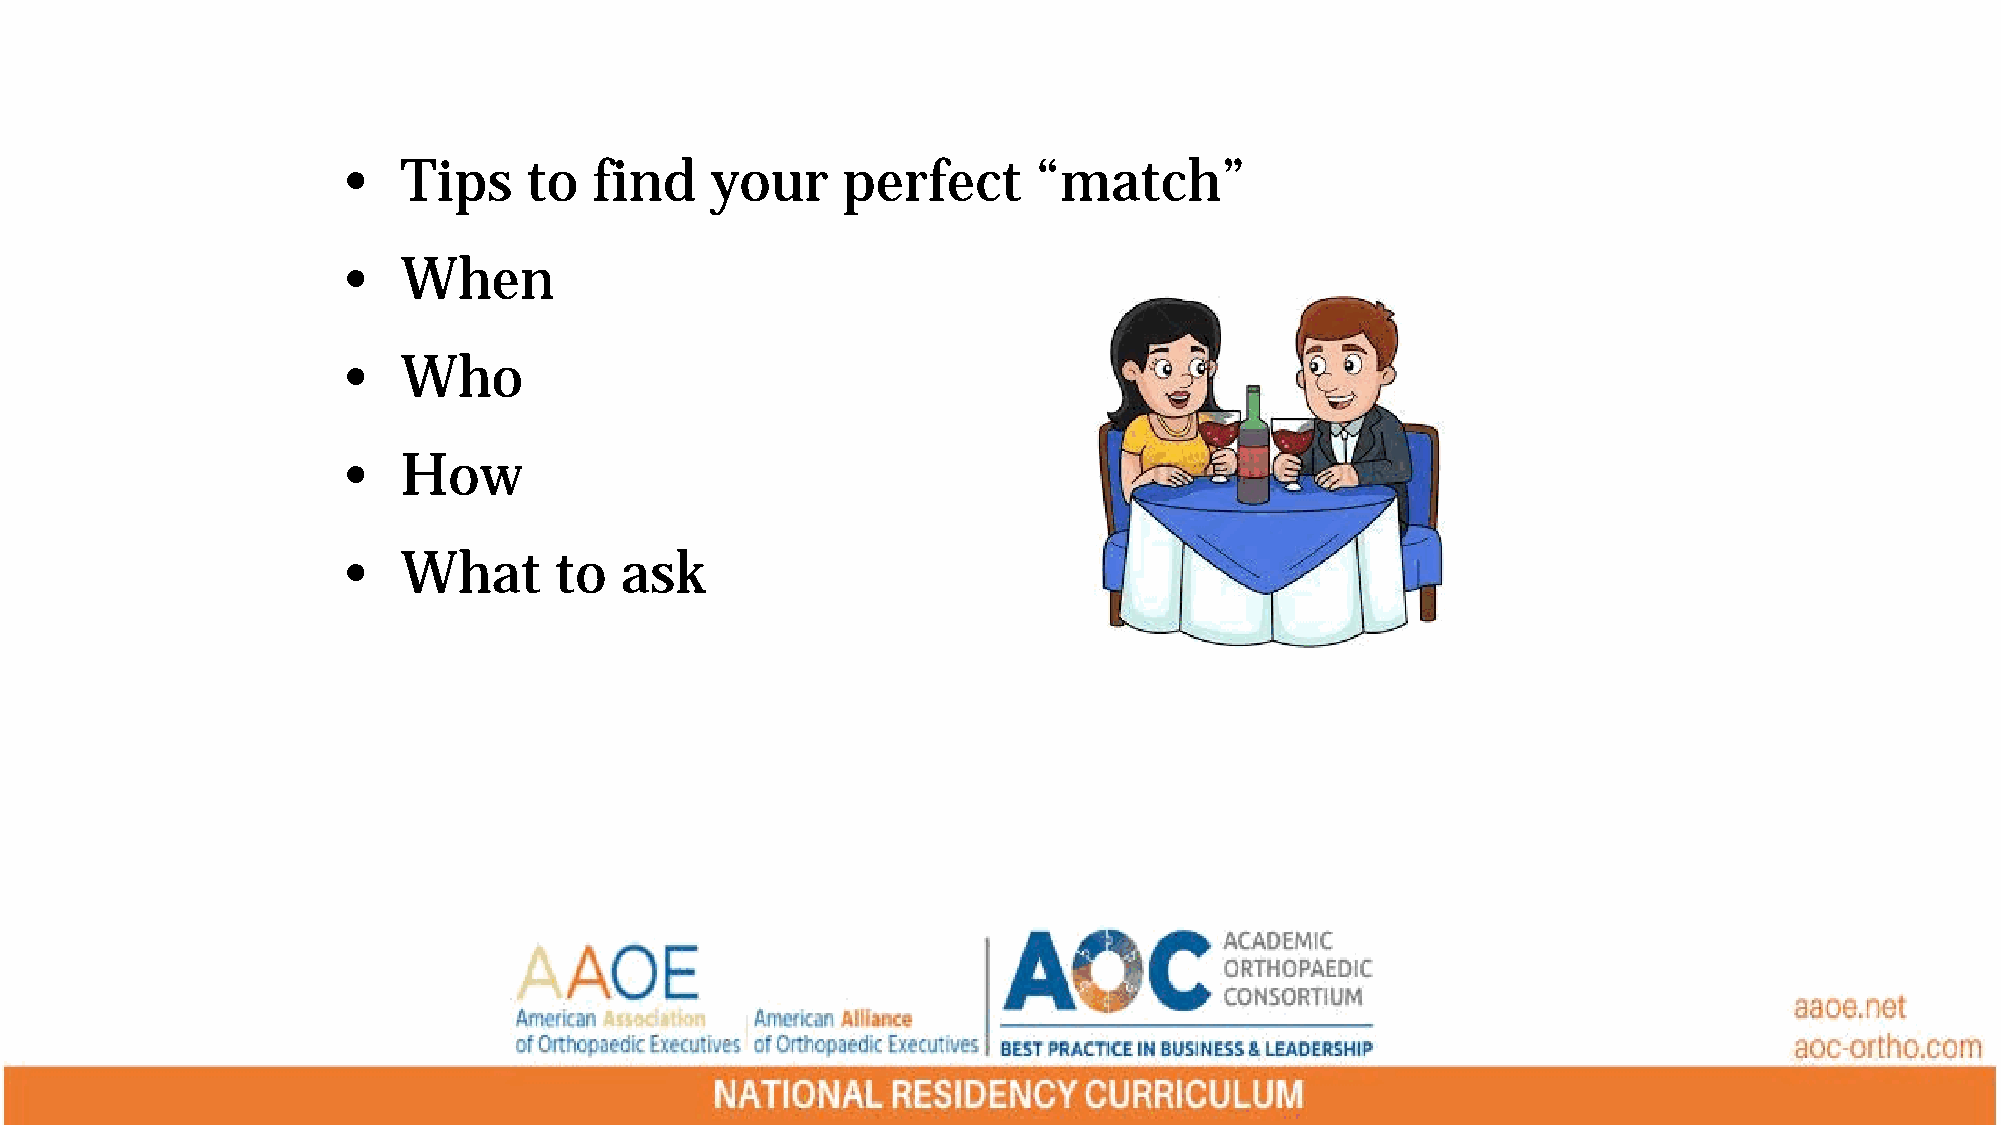
•   Tips    to  find    your     perfect      “match”
 •   When
 •   Who
 •   How
 •   What      to  ask